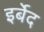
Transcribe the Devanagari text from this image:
इर्बेद